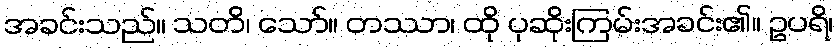
အခင်းသည်။ သတိ၊ သော်။ တဿာ၊ ထို ပုဆိုးကြမ်းအခင်း၏။ ဥပရိ၊